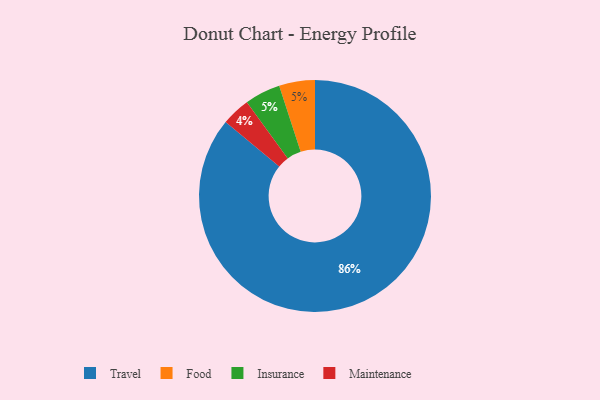
{"axis": {"x": "Category", "y": "Percentage"}, "legend": ["Food", "Insurance", "Maintenance", "Travel"], "data": [{"x": "Maintenance", "y": 4, "type": "Maintenance"}, {"x": "Food", "y": 5, "type": "Food"}, {"x": "Travel", "y": 86, "type": "Travel"}, {"x": "Insurance", "y": 5, "type": "Insurance"}]}